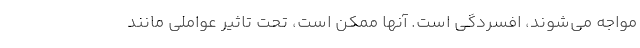
مواجه می‌شوند، افسردگی است. آنها ممکن است، تحت تاثیر عواملی مانند